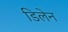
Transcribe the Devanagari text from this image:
डिलेन